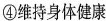
④维持身体健康